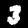
Digit: 3